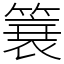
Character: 簔